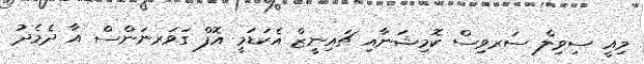
މިއީ ސިވިލް ސަރވިސް ކޮމިޝަނާއި ޗައިނީޒް އެކަޑަމީ އޮފް ގަވަރނަންސް އާ ދެމެދު